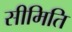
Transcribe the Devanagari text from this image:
सीमिति